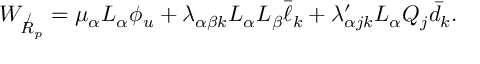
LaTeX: W _ { \not R _ { p } } = \mu _ { \alpha } L _ { \alpha } \phi _ { u } + \lambda _ { \alpha \beta k } L _ { \alpha } L _ { \beta } \bar { \ell } _ { k } + \lambda _ { \alpha j k } ^ { \prime } L _ { \alpha } Q _ { j } \bar { d } _ { k } .